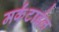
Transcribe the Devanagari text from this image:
मर्कंटाईल